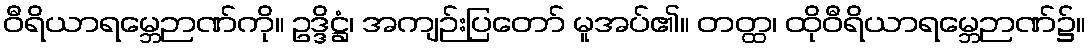
ဝီရိယာရမ္ဘေဉာဏ်ကို။ ဥဒ္ဒိဋ္ဌံ၊ အကျဉ်းပြတော် မူအပ်၏။ တတ္ထ၊ ထိုဝီရိယာရမ္ဘေဉာဏ်၌။